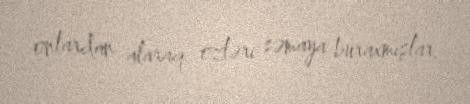
onlardan alaraq özləri səmaya buraxmışlar.